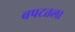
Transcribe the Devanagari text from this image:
बपटतला